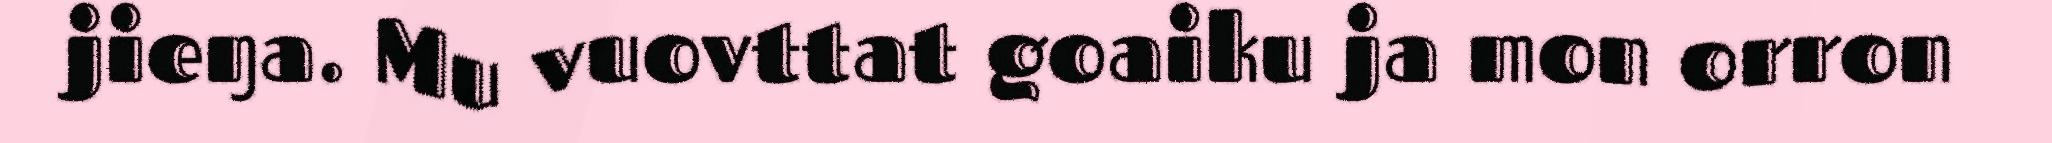
jieŋa. Mu vuovttat goaiku ja mon orron